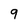
Character: 9